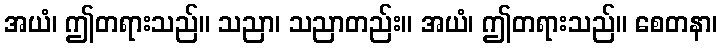
အယံ၊ ဤတရားသည်။ သညာ၊ သညာတည်း။ အယံ၊ ဤတရားသည်။ စေတနာ၊